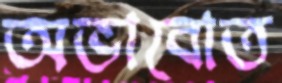
অভাবোত